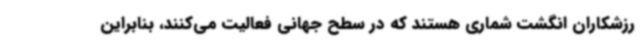
رزشکاران انگشت شماری هستند که در سطح جهانی فعالیت می‌کنند، بنابراین